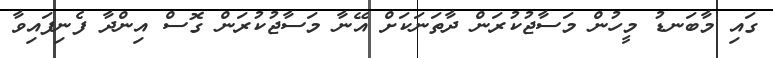
ގައި މާބަނޑު މީހުން މަސާޖުކުރަން ދާތަނަކަށް އޭނާ މަސާޖުކުރަން ގޮސް އިންދާ ފެނިފައިވާ